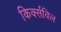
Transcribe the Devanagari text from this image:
किर्क्सविल